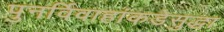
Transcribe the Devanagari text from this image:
पुनर्विवाहांकडेसुद्धा